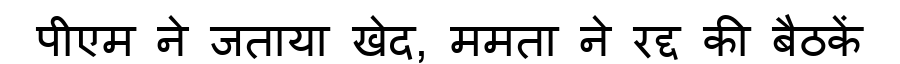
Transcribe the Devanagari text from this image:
पीएम ने जताया खेद, ममता ने रद्द की बैठकें